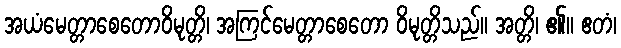
အယံမေတ္တာစေတောဝိမုတ္တိ၊ အကြင်မေတ္တာစေတော ဝိမုတ္တိသည်။ အတ္တိ၊ ၏။ ဧတံ၊